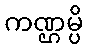
ကဏ္ဌမ္ပိ